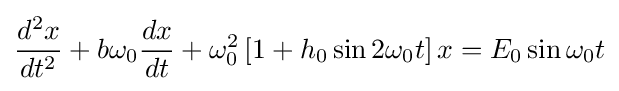
{\frac {d^{2}x}{dt^{2}}}+b\omega _{0}{\frac {dx}{dt}}+\omega _{0}^{2}\left[1+h_{0}\sin 2\omega _{0}t\right]x=E_{0}\sin \omega _{0}t